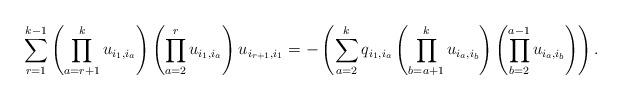
LaTeX: \begin{gather*}\sum_{r=1}^{k-1} \left(\prod_{a=r+1}^{k} u_{i_{1},i_{a}} \right) \left(\prod_{a=2}^{r} u_{i_{1},i_{a}} \right) u_{i_{r+1},i_{1}}= - \left( \sum_{a=2}^{k}q_{i_{1},i_{a}} \left(\prod_{b =a+1}^{k } u_{i_{a},i_{b}} \right) \left( \prod_{b=2}^{a-1} u_{i_{a},i_{b}} \right) \right).\end{gather*}